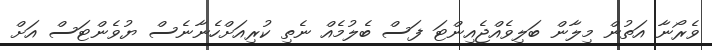
ވެރޯނާ އަތުން މިލާން ބަލިވެއްޖެއިންޓަ ފަސް ބެލުމެއް ނެތި ކުރިއަށްހެނާނެސް ޔުވެންޓަސް އަށް